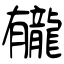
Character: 龓